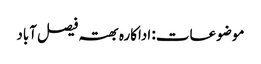
موضوعات: اداکارہ بھتہ فیصل آباد